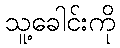
သူ့ခေါင်းကို